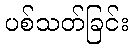
ပစ်သတ်ခြင်း